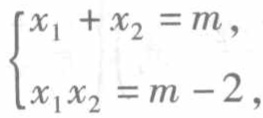
$\left\{\begin{array}{l}x_{1}+x_{2}=m,\\x_{1}x_{2}=m - 2,\end{array}\right.$